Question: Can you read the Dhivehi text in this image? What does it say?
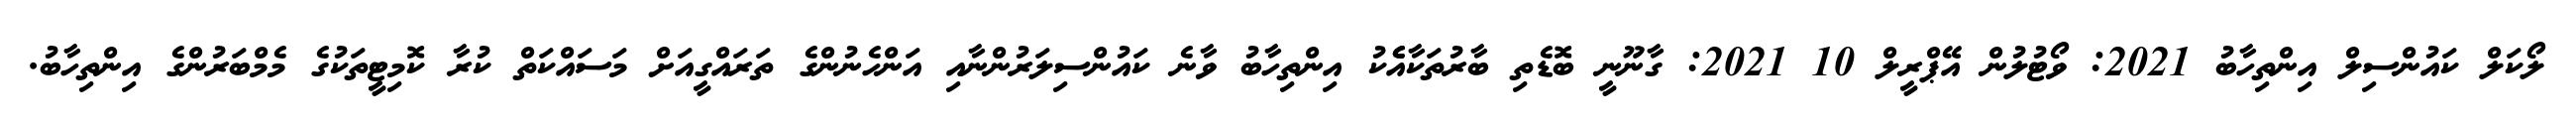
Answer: ލޯކަލް ކައުންސިލް އިންތިހާބު 2021: ވޯޓުލުން އޭޕްރީލް 10 2021: ގާނޫނީ ބޮޑެތި ބާރުތަކާއެެކު އިންތިހާބު ވާނެ ކައުންސިލަރުންނާއި އަންހެނުންގެ ތަރައްގީއަށް މަސައްކަތް ކުރާ ކޮމިޓީތަކުގެ މެމްބަރުންގެ އިންތިހާބު.